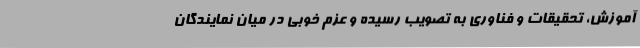
آموزش، تحقیقات و فناوری به تصویب رسیده و عزم خوبی در میان نمایندگان